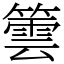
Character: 䉙